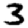
Digit: 3